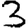
Digit: 3